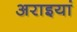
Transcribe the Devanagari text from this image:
अराइयां